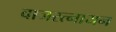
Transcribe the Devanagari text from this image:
वाजरत्नायन